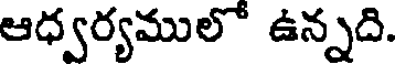
ఆధ్వర్యములో ఉన్నది.